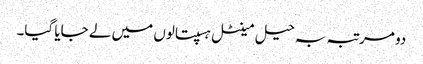
دو مرتبہ بہ حیل مینٹل ہسپتالوں میں لے جایا گیا۔